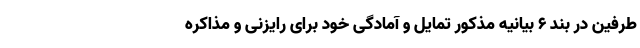
طرفین در بند ۶ بیانیه مذکور تمایل و آمادگی خود برای رایزنی و مذاکره